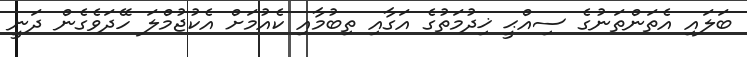
ބަލައި އެތަންތަނުގެ ސިއްޙީ ޚިދުމަތުގެ އަގާއި ތިބުމާއި ކެއުމަށް އެކުޖުމްލަ ހޭދަވެގެން ދަނީ